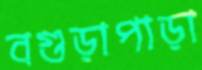
বগুড়াপাড়া